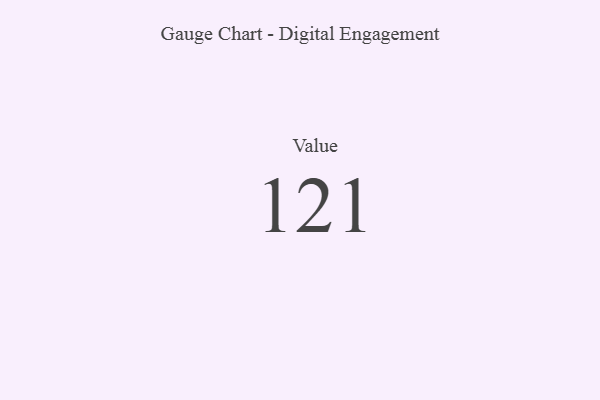
{"axis": {"x": "Metric", "y": "Value"}, "legend": [""], "data": [{"x": "Value", "y": 121, "type": ""}]}